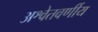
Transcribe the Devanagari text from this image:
अश्वेतवर्णीय